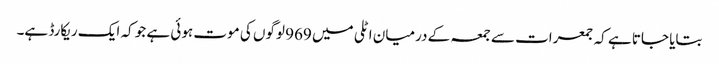
بتایا جاتا ہے کہ جمعرات سے جمعہ کے درمیان اٹلی میں 969 لوگوں کی موت ہوئی ہے جو کہ ایک ریکارڈ ہے۔